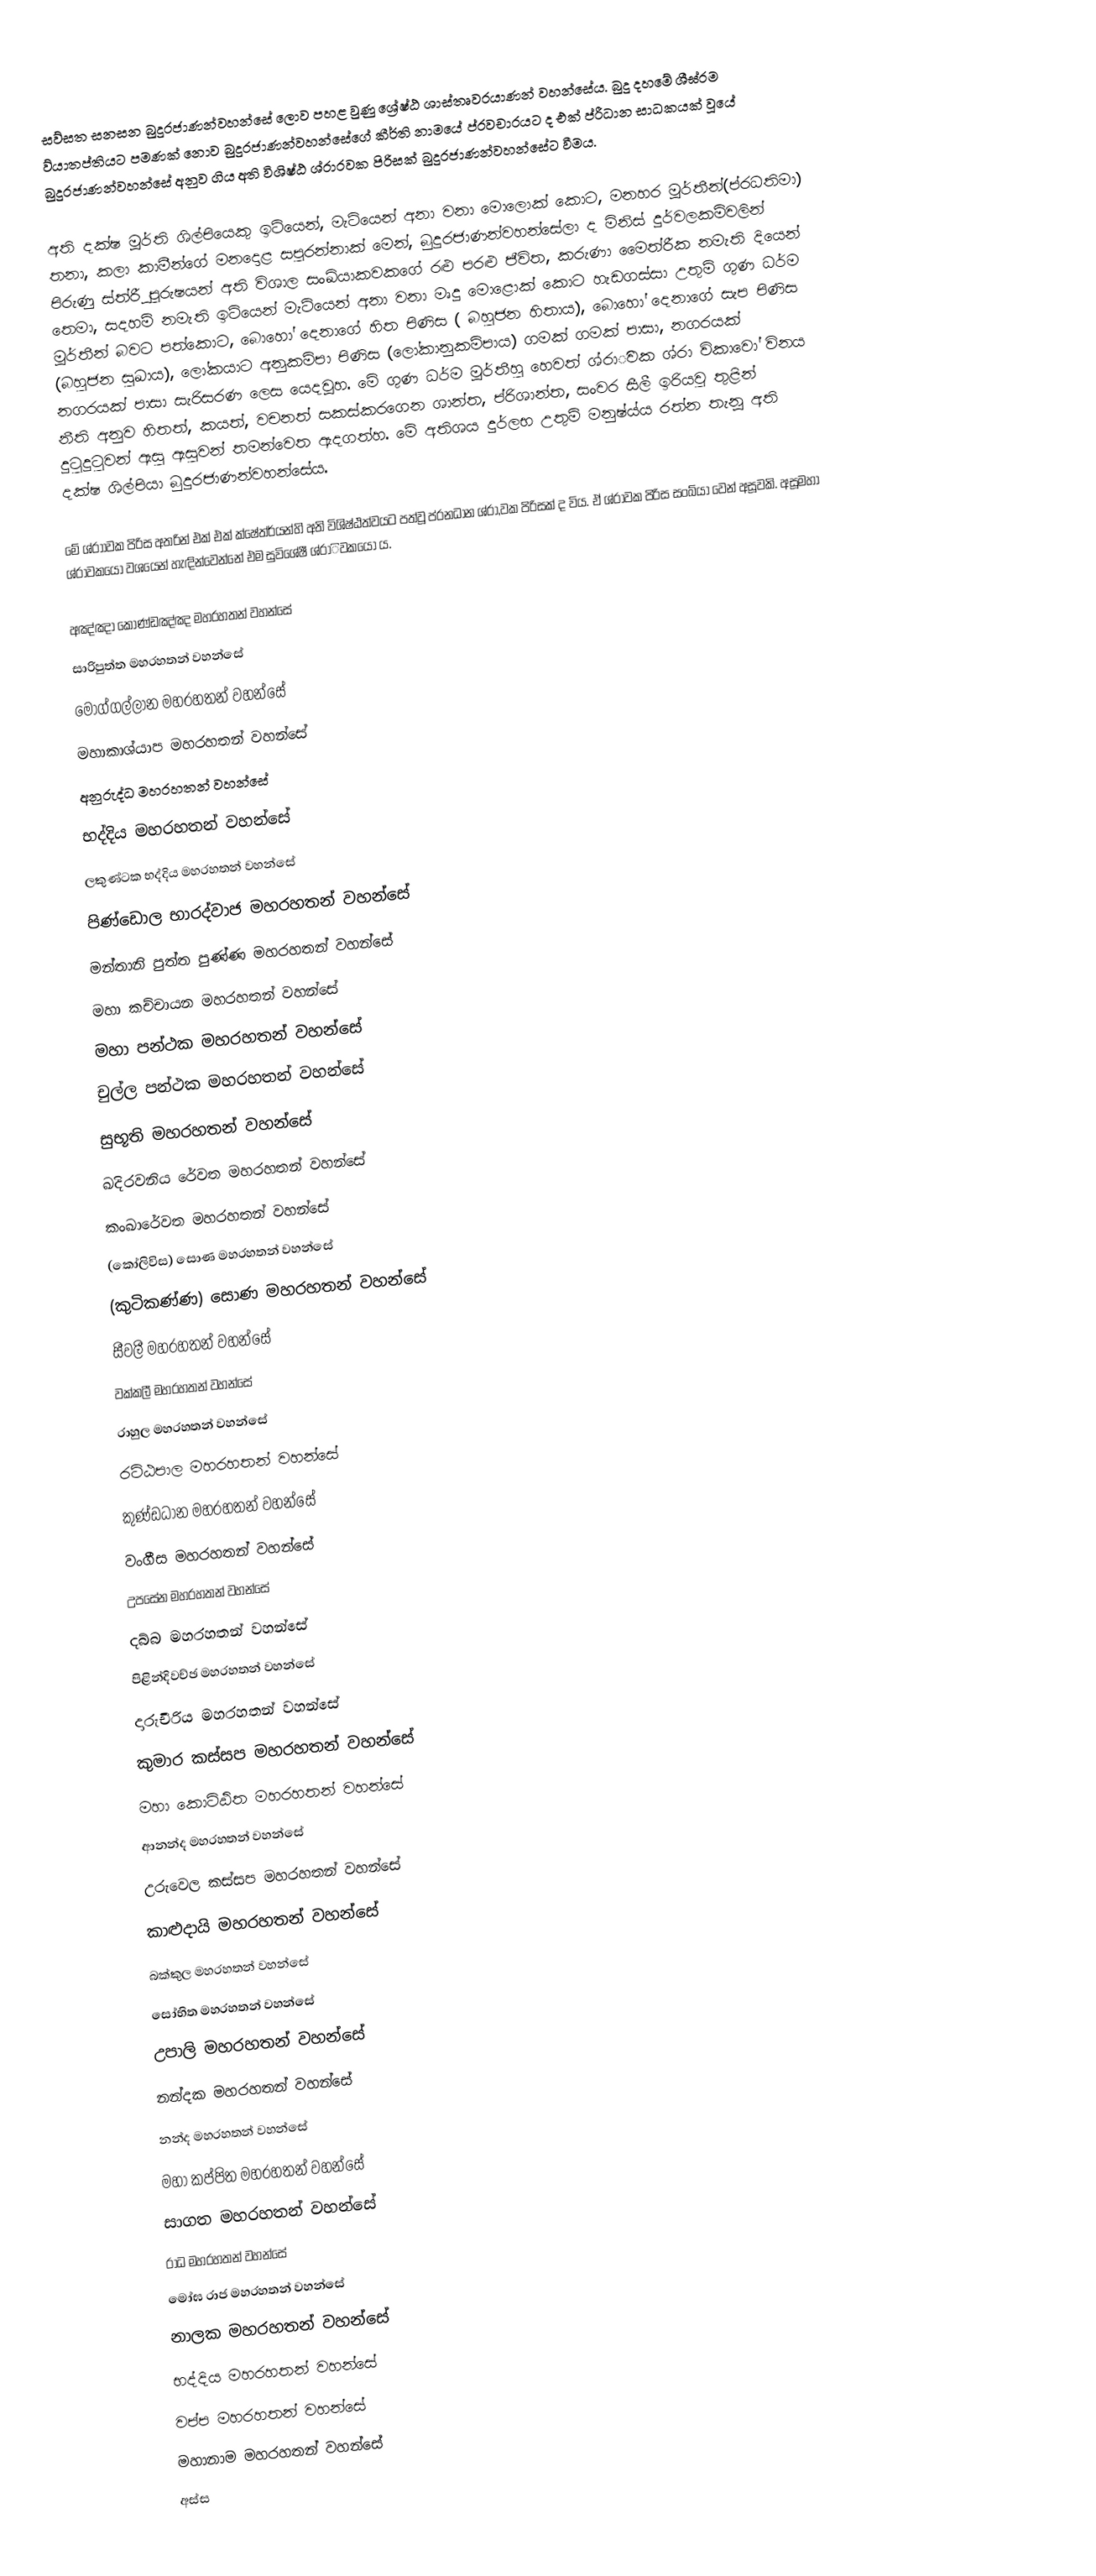
සව්සත සනසන බුදුරජාණන්වහන්සේ ලොව පහළ වුණු ශ්‍රේෂ්ඨ ශාස්තෘවරයාණන් වහන්සේය. බුදු දහමේ ශීඝ්රම ව්යාතප්තියට පමණක් නොව බුදුරජාණන්වහන්සේගේ කීර්ති නාමයේ ප්රවචාරයට ද එක් ප්රීධාන සාධකයක් වූයේ බුදුරජාණන්වහන්සේ අනුව ගිය අති විශිෂ්ඨ ශ්රාරවක පිරිසක් බුදුරජාණන්වහන්සේට වීමය.

අති දක්ෂ මූර්ති ශිල්පියෙකු ඉටියෙන්, මැටියෙන් අනා වනා මොලොක් කොට, මනහර මූර්තීන්(ප්රධතිමා) තනා, කලා කාමීන්ගේ මනදොළ සපුරන්නාක් මෙන්, බුදුරජාණන්වහන්සේලා ද  මිනිස් දුර්වලකම්වලින් පිරුණු  ස්ත්රීූ පුරුෂයන්  අති විශාල සංඛ්යාකවකගේ රළු පරළු ජීවිත, කරුණා මෛත්රීක නමැති දියෙන් තෙමා, සදහම් නමැති ඉටියෙන් මැටියෙන්  අනා වනා මෘදු මොළොක් කොට  හැඩගස්සා  උතුම් ගුණ ධර්ම මූර්තීන් බවට පත්කොට, බොහෝ දෙනාගේ හිත පිණිස ( බහුජන හිතාය), බොහෝ දෙනාගේ සැප පිණිස (බහුජන සුඛාය), ලෝකයාට අනුකම්පා පිණිස (ලෝකානුකම්පාය) ගමක් ගමක් පාසා, නගරයක් නගරයක් පාසා  සැරිසරණ ලෙස යෙදවූහ. මේ ගුණ ධර්ම මූර්තීහු හෙවත් ශ්රාිවක ශ්රා විකාවෝ  විනය නීති අනුව හිතත්, කයත්, වචනත් සකස්කරගෙන ශාන්ත, ප්රිශාන්ත, සංවර සීලී ඉරියවු තුළින් දුටුදුටුවන් ඇසු ඇසුවන් තමන්වෙත ඇදගත්හ. මේ අතිශය දුර්ලභ උතුම් මනුෂ්ය්ය රත්න තැනූ අති දක්ෂ ශිල්පියා බුදුරජාණන්වහන්සේය.

මේ ශ්රාාවක පිරිස අතරින්  එක් එක් ක්ෂේත්ර්යන්හි  අති විශිෂ්ඨත්වයට පත්වූ ප්රනධාන ශ්රා,වක පිරිසක් ද විය. ඒ ශ්රා්වක පිරිස  සංඛ්යා වෙන් අසූවකි. අසූමහා ශ්රා්වකයෝ වශයෙන් හැඳින්වෙන්නේ  එම සුවිශේෂී ශ්රාිවකයෝ ය.

 අඤ්ඤා කොණ්ඩඤ්ඤ මහරහතන් වහන්සේ
 සාරිපුත්ත මහරහතන් වහන්සේ
 මොග්ගල්ලාන මහරහතන් වහන්සේ
 මහාකාශ්යාප මහරහතන් වහන්සේ
 අනුරුද්ධ මහරහතන් වහන්සේ
 භද්දිය මහරහතන් වහන්සේ
 ලකුණ්ටක භද්දිය මහරහතන් වහන්සේ
 පිණ්ඩොල භාරද්වාජ මහරහතන් වහන්සේ
 මන්තානි පුත්ත පුණ්ණ මහරහතන් වහන්සේ
 මහා කච්චායන මහරහතන් වහන්සේ
 මහා පන්ථක මහරහතන් වහන්සේ
 චුල්ල පන්ථක මහරහතන් වහන්සේ
 සුභූති මහරහතන් වහන්සේ
 ඛදිරවනිය රේවත මහරහතන් වහන්සේ
 කංඛාරේවත මහරහතන් වහන්සේ
 (කෝලිවිස) සොණ මහරහතන් වහන්සේ
 (කුටිකණ්ණ) සොණ මහරහතන් වහන්සේ
 සීවලී මහරහතන් වහන්සේ
 වක්කලී මහරහතන් වහන්සේ
 රාහුල මහරහතන් වහන්සේ
 රට්ඨපාල මහරහතන් වහන්සේ
 කුණ්ඩධාන මහරහතන් වහන්සේ
 වංගීස මහරහතන් වහන්සේ
 උපසේන මහරහතන් වහන්සේ
 දබ්බ මහරහතන් වහන්සේ
 පිළින්දිවච්ඡ මහරහතන් වහන්සේ
 දාරුචීරිය මහරහතන් වහන්සේ
 කුමාර කස්සප මහරහතන් වහන්සේ
 මහා කොට්ඨිත මහරහතන් වහන්සේ
 ආනන්ද මහරහතන් වහන්සේ
 උරුවෙල කස්සප මහරහතන් වහන්සේ
 කාළුදායි මහරහතන් වහන්සේ
 බක්කුල මහරහතන් වහන්සේ
 සෝභිත මහරහතන් වහන්සේ
 උපාලි මහරහතන් වහන්සේ
 නන්දක මහරහතන් වහන්සේ
 නන්ද මහරහතන් වහන්සේ
 මහා කප්පිත මහරහතන් වහන්සේ
 සාගත මහරහතන් වහන්සේ
 රාධ මහරහතන් වහන්සේ
 මෝඝ රාජ මහරහතන් වහන්සේ
 නාලක මහරහතන් වහන්සේ
 භද්දිය මහරහතන් වහන්සේ
 වප්ප මහරහතන් වහන්සේ
 මහානාම මහරහතන් වහන්සේ
 අස්ස